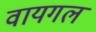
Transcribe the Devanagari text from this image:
वायगल